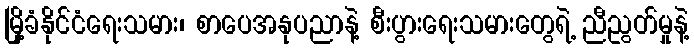
မြို့ခံနိုင်ငံရေးသမား၊ စာပေအနုပညာနဲ့ စီးပွားရေးသမားတွေရဲ့ ညီညွတ်မှုနဲ့